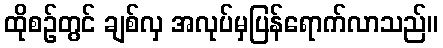
ထိုစဉ်တွင် ချစ်လှ အလုပ်မှပြန်ရောက်လာသည်။